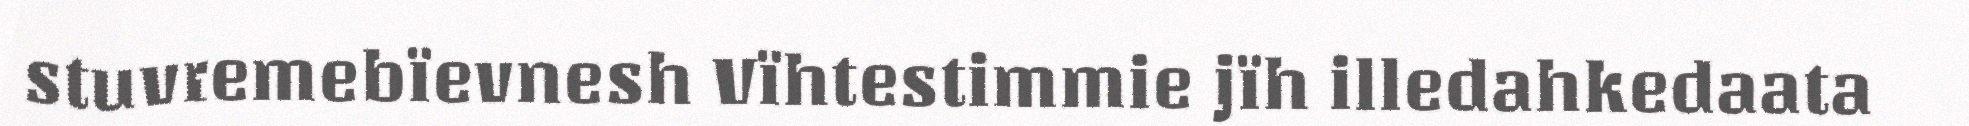
stuvremebïevnesh Vïhtestimmie jïh illedahkedaata